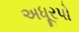
અધૂરપો